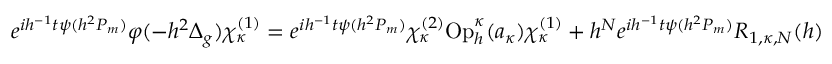
\begin{array} { r } { e ^ { i h ^ { - 1 } t \psi ( h ^ { 2 } P _ { m } ) } \varphi ( - h ^ { 2 } \Delta _ { g } ) \chi _ { \kappa } ^ { ( 1 ) } = e ^ { i h ^ { - 1 } t \psi ( h ^ { 2 } P _ { m } ) } \chi _ { \kappa } ^ { ( 2 ) } \mathrm { O p } _ { h } ^ { \kappa } ( a _ { \kappa } ) \chi _ { \kappa } ^ { ( 1 ) } + h ^ { N } e ^ { i h ^ { - 1 } t \psi ( h ^ { 2 } P _ { m } ) } R _ { 1 , \kappa , N } ( h ) } \end{array}